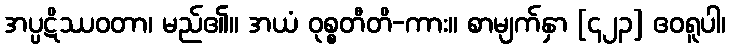
အပ္ပဋိဿဝတာ၊ မည်၏။ အယံ ဝုစ္စတီတိ-ကား။ စာမျက်နှာ [၄၂၃] ဧဝရူပါ၊